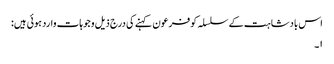
اس بادشاہت کے سلسلہ کو فرعون کہنے کی درج ذیل وجوہات وارد ہوئی ہیں:
۱۔